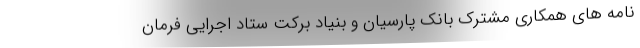
نامه های همکاری مشترک بانک پارسیان و بنیاد برکت ستاد اجرایی فرمان